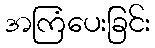
အကြံပေးခြင်း